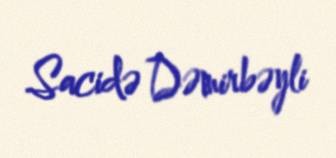
Sacidə Dəmirbəyli